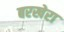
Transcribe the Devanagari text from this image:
बरखेरा